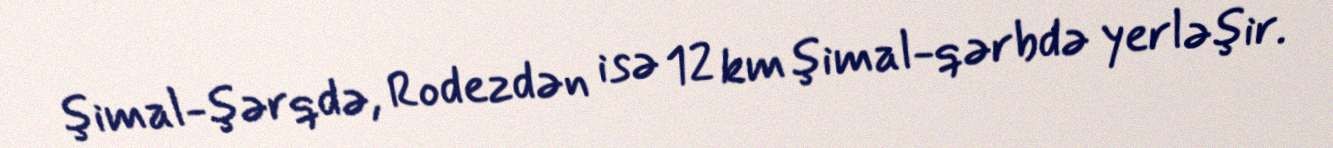
şimal-şərqdə, Rodezdən isə 12 km şimal-qərbdə yerləşir.